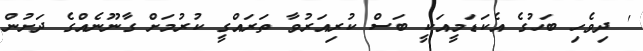
' ދިވެހި ބަހުގެ އެކަޑަމީއަކީ ބަސް ކުރިއަރުވާ ތަރައްގީ ކުރުމަށް ގާނޫނެއްގެ ދަށުން